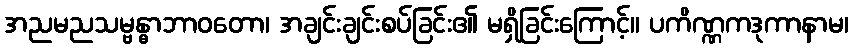
အညမညသမ္ဗန္ဓာဘာဝတော၊ အချင်းချင်းစပ်ခြင်း၏ မရှိခြင်းကြောင့်။ ပကိဏ္ဏကဒုကာနာမ၊